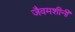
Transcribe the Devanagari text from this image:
जैवमशीनी